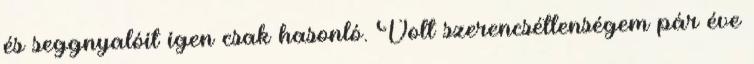
és seggnyalóit igen csak hasonló. Volt szerencsétlenségem pár éve